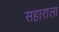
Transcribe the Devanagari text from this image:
सहाराला